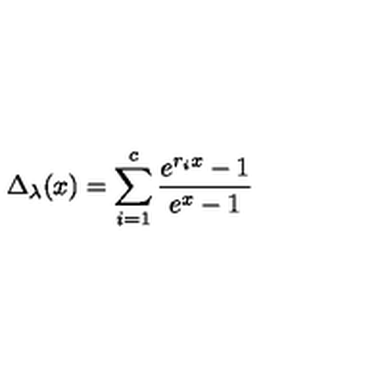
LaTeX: \Delta _ { \lambda } ( x ) = \sum _ { i = 1 } ^ { c } \frac { e ^ { r _ { i } x } - 1 } { e ^ { x } - 1 }